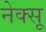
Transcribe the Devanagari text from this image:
नेक्सू